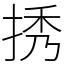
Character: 𢭆